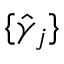
\{ \hat { \gamma } _ { j } \}